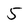
Character: 5